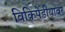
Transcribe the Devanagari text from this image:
विकिपेडीयावर